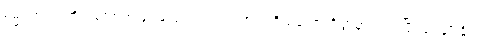
ဓမ္မဂုတ်။ ။ ကိုယ်တော်က ရေမကူးတတ်ဘူးလား၊ ကိုယ်တော်တို့ရွာမှာ ဆင်းပြီး ရေချိုးနိုင်တဲ့